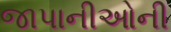
જાપાનીઓની